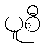
ပူစီ